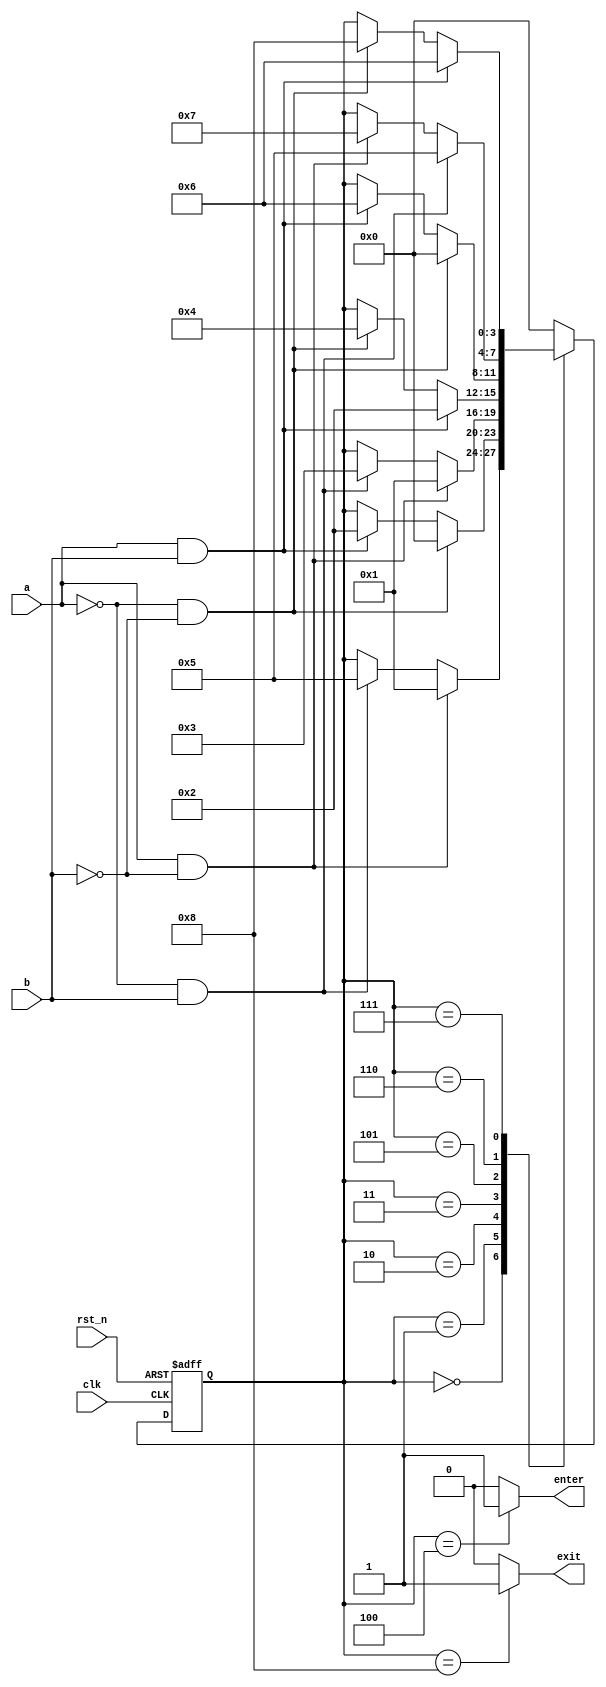
`timescale 1ns / 1ps

module parking_lot_counter(
	input clk,rst_n,
	input a,b,
	output reg enter,exit
    );
	 //FSM declarations
	 localparam[3:0] start=4'd0,
					enter1=4'd1,
					enter2=4'd2,
					enter3=4'd3,
					entered=4'd4,
					exit1=4'd5,
					exit2=4'd6,
					exit3=4'd7,
					exited=4'd8;
	 reg[3:0] state_reg,state_nxt;
	 
	 //FSM register operations
	 always @(posedge clk,negedge rst_n) begin
		if(!rst_n) state_reg<=start;
		else state_reg<=state_nxt;
	 end
	 
	 //FSM next-state and output logics
	 always @* begin
		state_nxt=state_reg;
		enter=0;
		exit=0;
			case(state_reg)
		/*00*/	start: if(a && !b) state_nxt=enter1;
								else if(!a && b) state_nxt=exit1;
		/*10*/	enter1: if(!a && !b) state_nxt=start;
								else if(a && b) state_nxt=enter2;
		/*11*/	enter2: if(a && !b) state_nxt=enter1;
								else if(!a && b)  state_nxt=enter3;
		/*01*/	enter3: if(a && b) state_nxt=enter2;
								else if(!a && !b) state_nxt=entered;
		/*00*/	entered: begin 
									enter=1;
									state_nxt=start;
								end
		/*01*/	exit1: if(!a && !b) state_nxt=start;
								else if(a && b) state_nxt=exit2;
		/*11*/	exit2: if(!a && b) state_nxt=exit1;
								else if(a && !b) state_nxt=exit3;
		/*10*/	exit3: if(a && b) state_nxt=exit2;
								else if(!a && !b) state_nxt=exited;
		/*00*/	exited: begin
									exit=1;
									state_nxt=start;
							  end
					default: state_nxt=start;
			endcase
					
	 end
					


endmodule